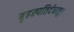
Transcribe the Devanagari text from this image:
बृहस्पतिर्दधातु।